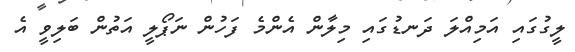
ލީގުގައި އަމިއްލަ ދަނޑުގައި މިލާން އެންމެ ފަހުން ނަޕޯލީ އަތުން ބަލިވީ އެ